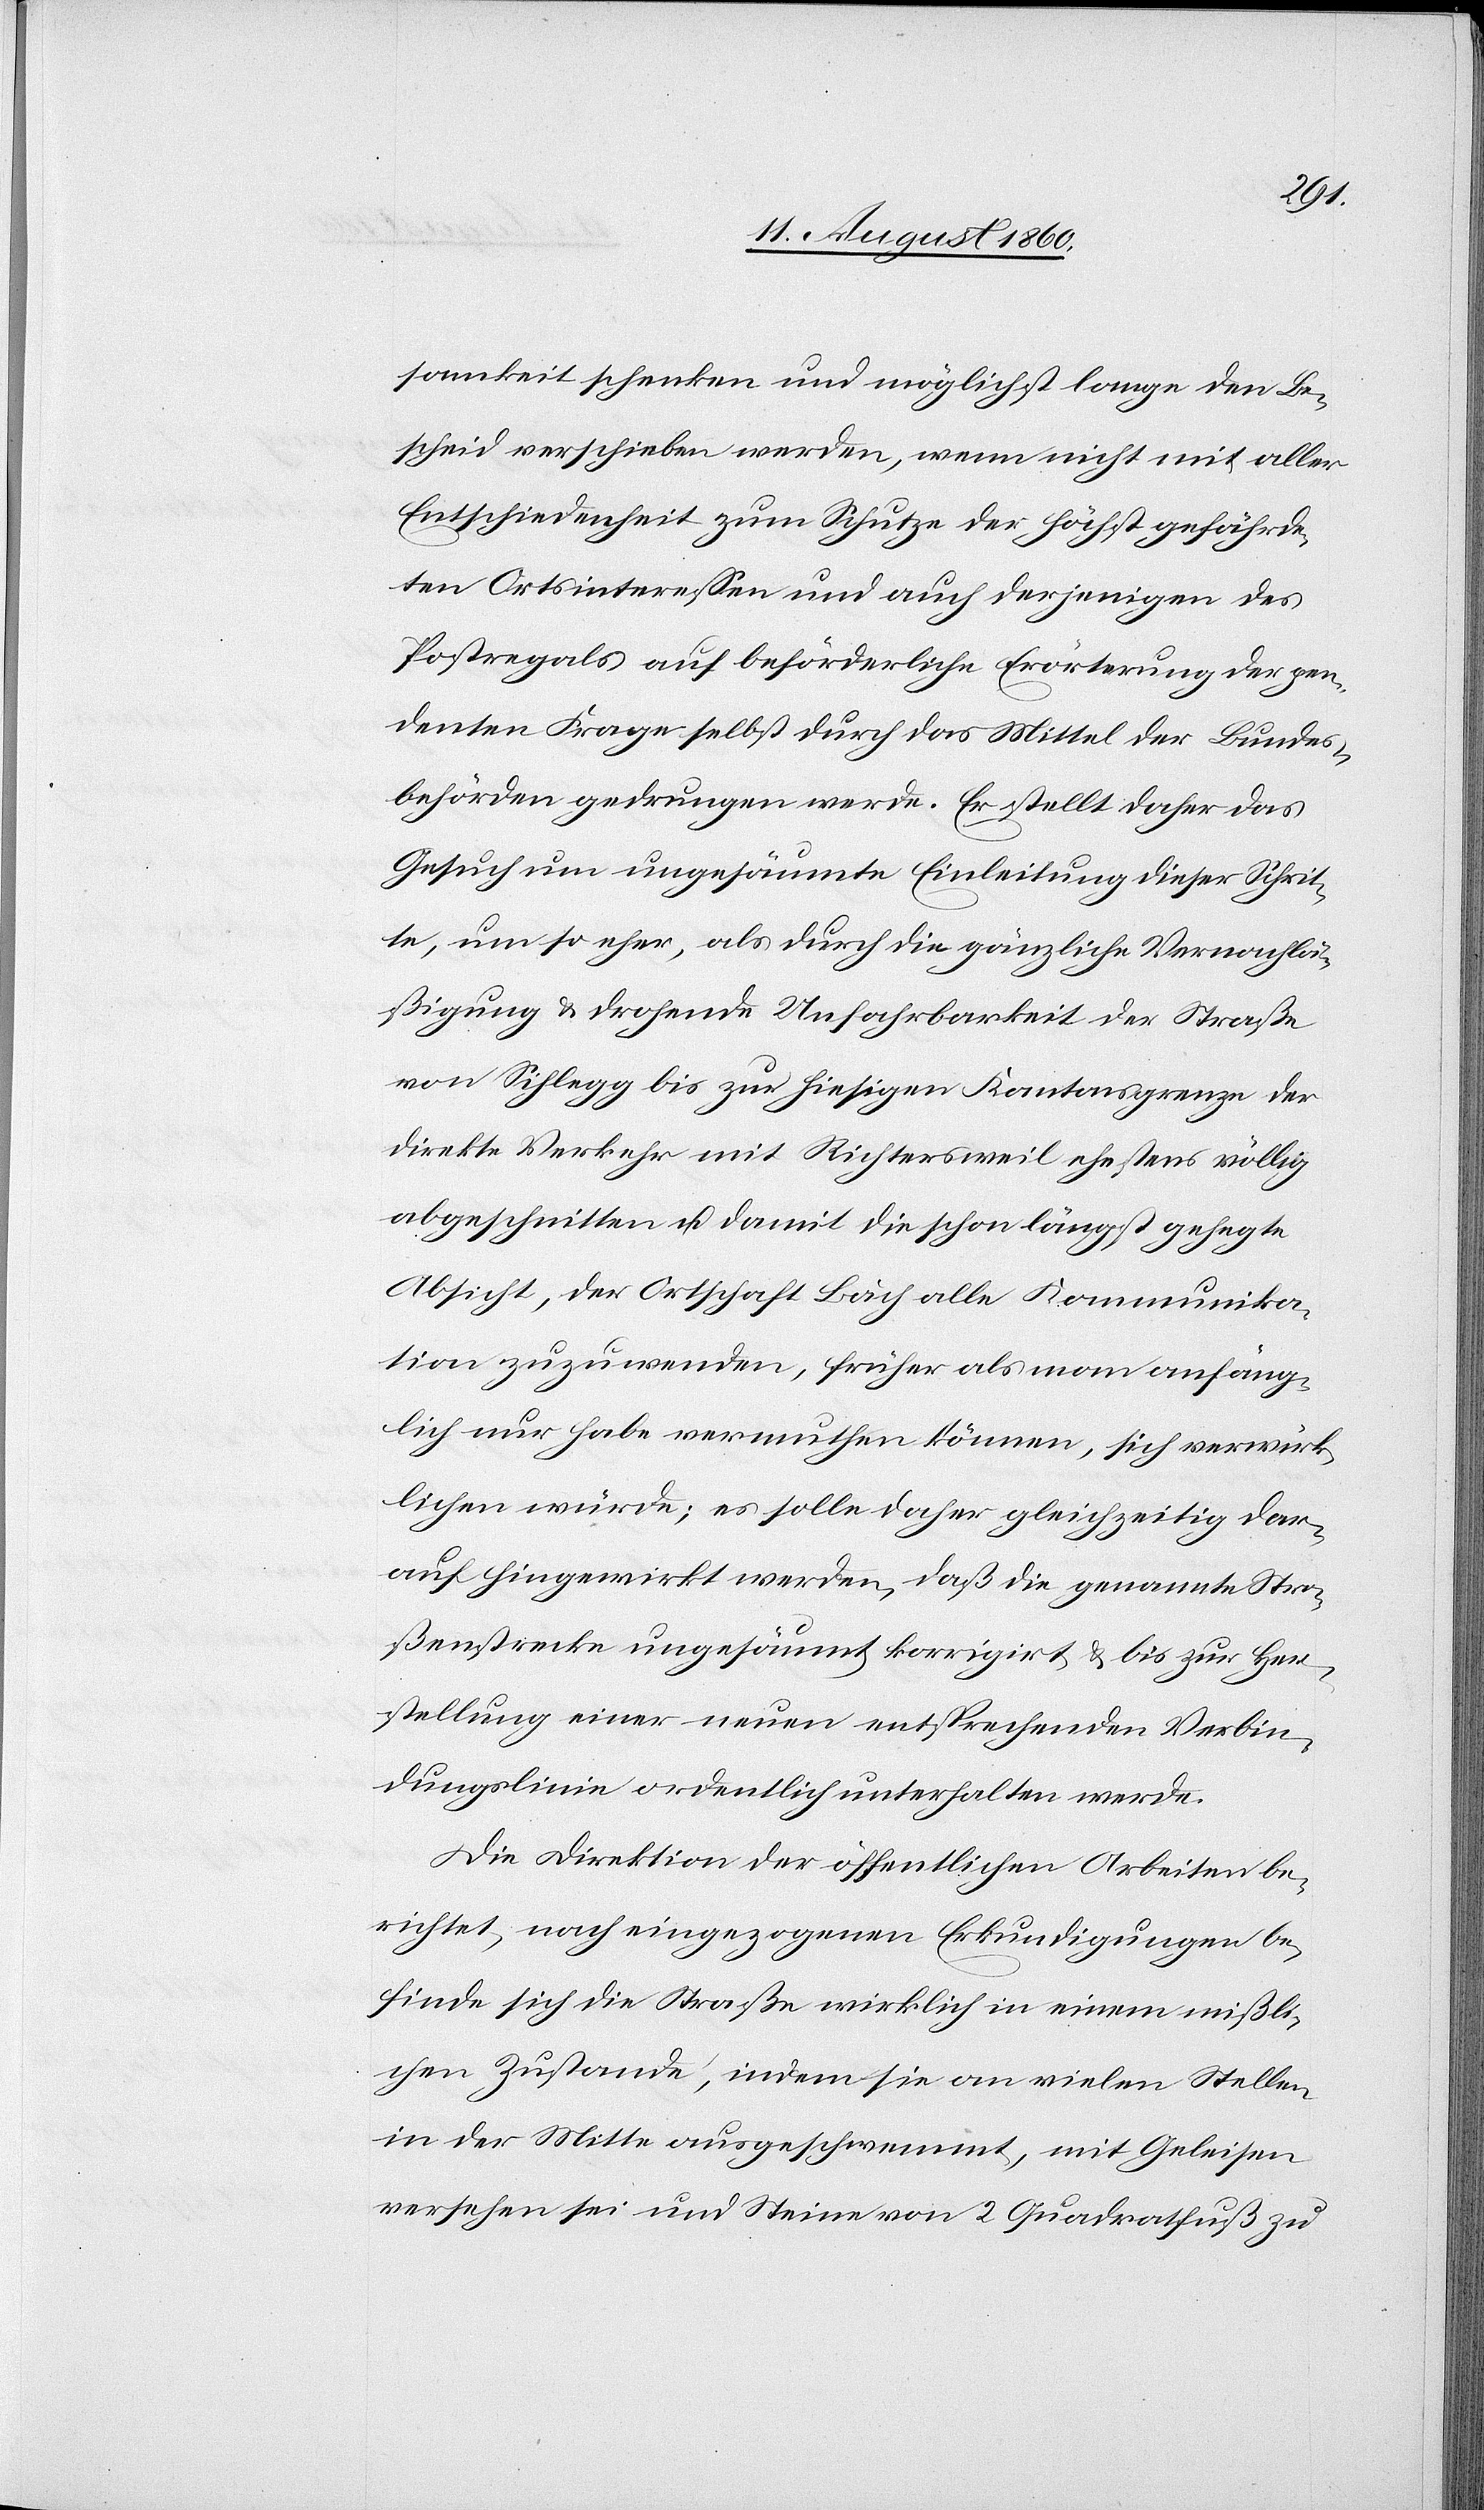
samkeit schenken und möglichst lange den Be¬
scheid verschieben werden, wenn nicht mit aller
Entschiedenheit zum Schutze der höchst gefährde¬
ten Ortsinteressen und auch derjenigen des
Postregals auf beförderliche Erörterung der pen¬
denten Frage selbst durch das Mittel der Bundes¬
behörden gedrungen werde. Er stellt daher das
Gesuch um ungesäumte Einleitung dieser Schrit¬
te, um so eher, als durch die gänzliche Vernachläs¬
sigung und drohende Unfahrbarkeit der Strasse
von Sihlegg bis zur hiesigen Kantonsgrenze der
direkte Verkehr mit Richtersweil ehestens völlig
abgeschnitten und damit die schon längst gehegte
Absicht, der Ortschaft Bäch alles Kommunika¬
tion zuzuwenden, früher als man anfäng¬
lich nur habe vermuthen könne, sich verwirk¬
lichen würde; es solle daher gleichzeitig dar¬
auf hingewirkt werden, dass die genannte Stra¬
ssenstrecke ungesäumt korrigirt und bis zur Her¬
stellung einer neuen entsprechenden Verbin¬
dungslinie ordentlich unterhalten werde.
Die Direktion der öffentlichen Arbeiten be¬
richtet, nach eingezogenen Erkundigungen be¬
finde sich die Strasse wirklich in einem missli¬
chen Zustande, indem sie an vielen Stellen
in der Mitte ausgeschwemmt, mit Gleisen
versehen sei und Steine von 2 Quadratfuss zu